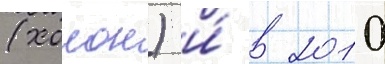
(холон) и́ в 2010